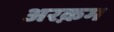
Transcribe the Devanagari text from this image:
अरक़म